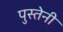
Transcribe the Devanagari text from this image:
पुस्‍तेनी